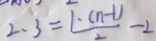
2 . 3 = \frac { 1 \cdot ( n - 1 ) } { 2 } - 2